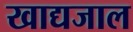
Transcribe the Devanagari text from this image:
खाद्यजाल